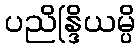
ပညိန္ဒြိယမ္ပိ